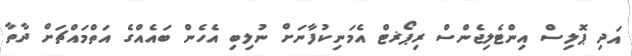
އަދި ޕޮލިސް އިންޓެލިޖެންސް ރިޕޯޜޓް އެމަނިކުފާނަށް ނުލިބި އެހެން ބައެއްގެ އަތްމައްޗަށް ދާތާ